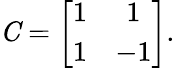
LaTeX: {\mathit C}=\left[\begin{array}{cccccccc}{{1}}&{{1}}\\ {{1}}&{{-1}}\end{array}\right].